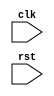
module uart_timing_control
(
    input wire clk,             // main clock signal
    input wire rst,             // reset signal
    
    // other inputs and outputs
    
);

// Define necessary signals and parameters

// Module for generating baud rate clock

// Module for generating sampling clock

// Module for synchronization between transmitter and receiver

// Module for buffering and FIFO management

// other necessary modules and logic

endmodule